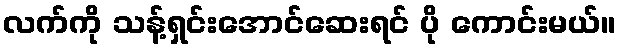
လက်ကို သန့်ရှင်းအောင်ဆေးရင် ပို ကောင်းမယ်။